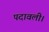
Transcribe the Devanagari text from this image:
पदावली।